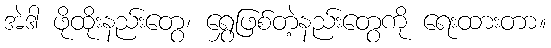
အဲဒါ ဖိုထိုးနည်းတွေ၊ ရွှေဖြစ်တဲ့နည်းတွေကို ရေးထားတာ။